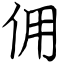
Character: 佣